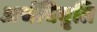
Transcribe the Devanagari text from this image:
अर्थविवृति